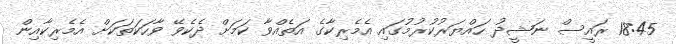
18:45 ރައީސް ނަޝީދު ހައްޔަރުކުރުމުގައި އެމެރިކާގެ އަތެއްވާ ކަމަށް ދެކެވޭ ވާހަކަތަކަށް އެމެރިކާއިން